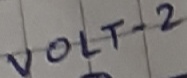
Text: VOLT-2